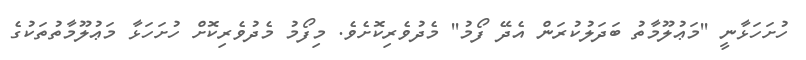
ހުށަހަޅާނީ ''މަޢުލޫމާތު ބަދަލުކުރަން އެދޭ ފޯމު'' މެދުވެރިކޮށެވެ. މިފޯމު މެދުވެރިކޮށް ހުށަހަޅާ މަޢުލޫމާތުތަކުގެ